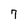
Character: 7